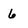
Character: 6